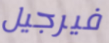
فيرجيل